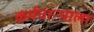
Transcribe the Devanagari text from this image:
कर्मचाऱ्याला